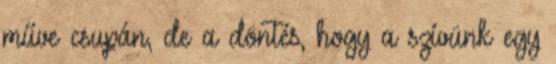
műve csupán, de a döntés, hogy a szívünk egy